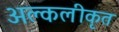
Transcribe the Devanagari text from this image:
अल्कलीकृत